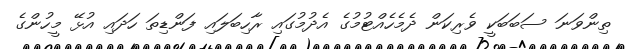
ތިންވަނަ ސަބަބަކީ ވެރިކަން ދެމެހެއްޓުމުގެ އެދުމުގައި ރާހިބަލައި ފަންޑިތަ ހަދައި އުޅޭ މީހުންގެ